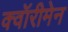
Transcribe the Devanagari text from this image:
क्वॉरीमेन